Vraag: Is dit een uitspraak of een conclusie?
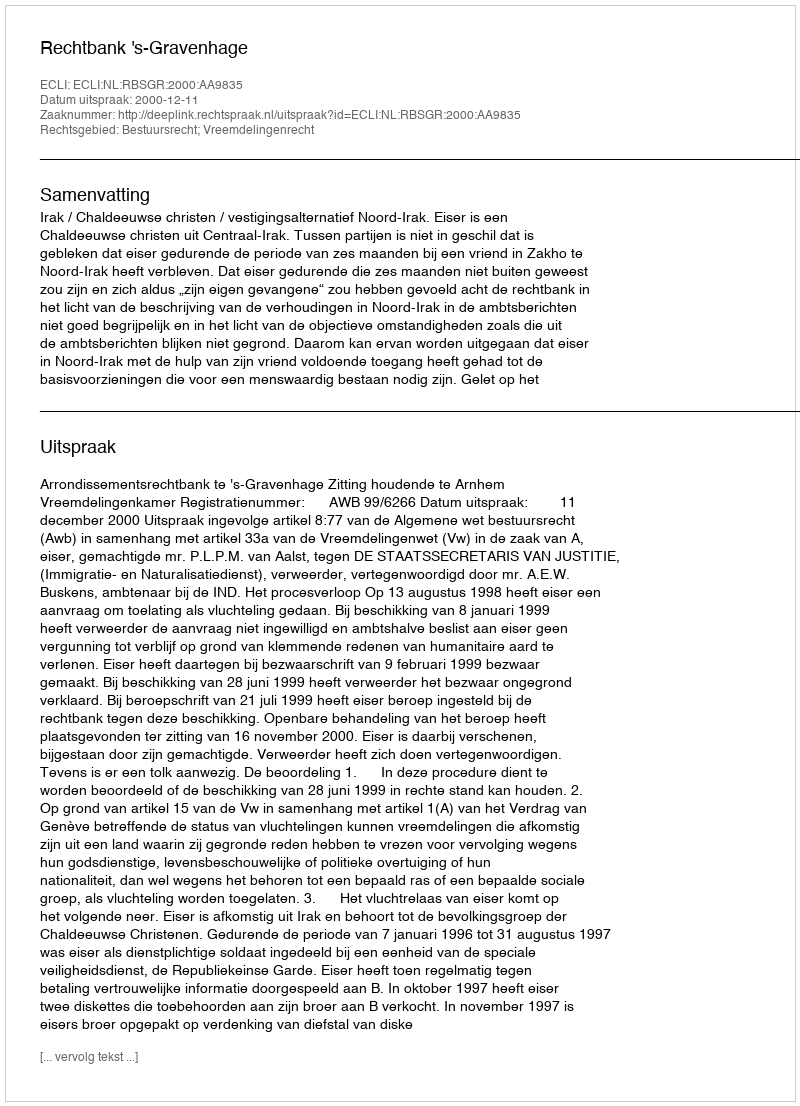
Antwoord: Uitspraak